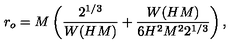
r _ { o } = M \left( \frac { 2 ^ { 1 / 3 } } { W ( H M ) } + \frac { W ( H M ) } { 6 H ^ { 2 } M ^ { 2 } 2 ^ { 1 / 3 } } \right) ,